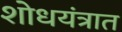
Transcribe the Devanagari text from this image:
शोधयंत्रात